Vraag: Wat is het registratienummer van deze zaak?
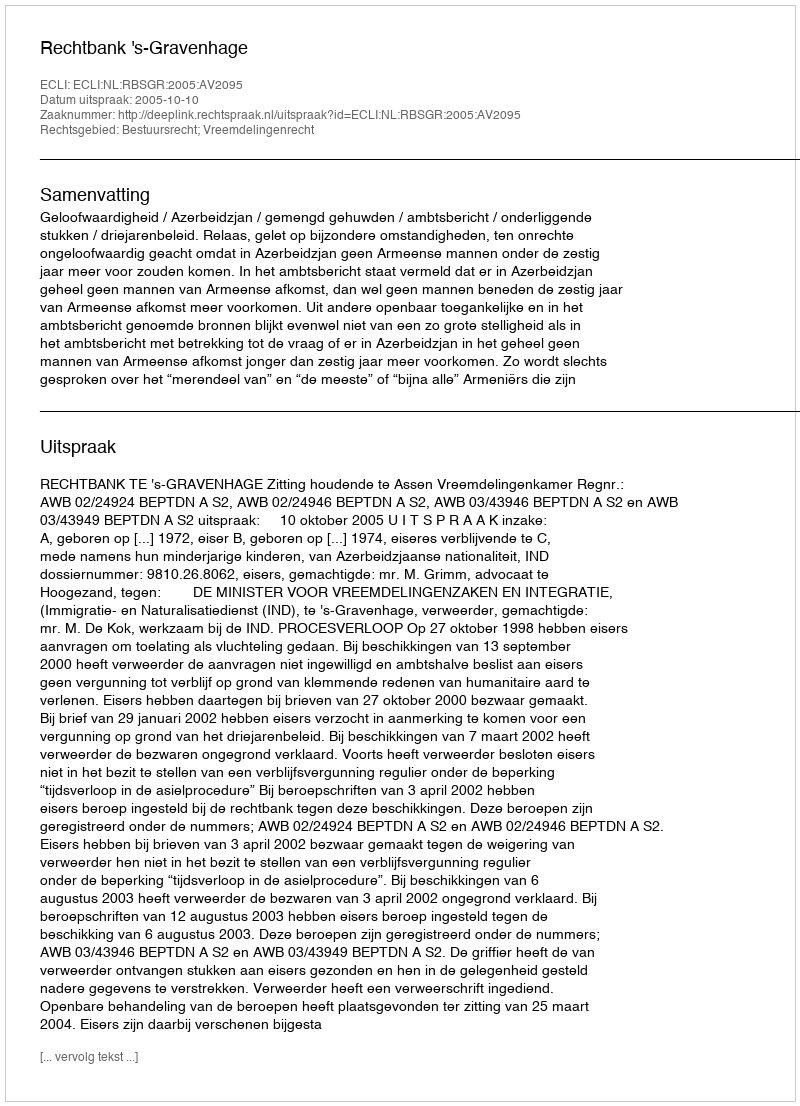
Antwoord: http://deeplink.rechtspraak.nl/uitspraak?id=ECLI:NL:RBSGR:2005:AV2095